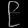
Digit: ၉